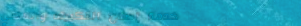
خدمة إصلاح التكييف والمكي